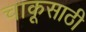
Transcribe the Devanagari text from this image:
चाकूसाठी